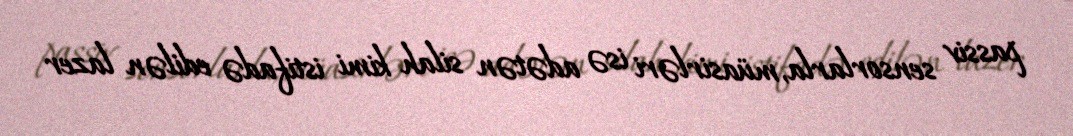
passiv sensorlarla, müasirləri isə adətən silah kimi istifadə edilən lazer